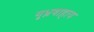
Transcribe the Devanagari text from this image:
गृध्नवाहाय